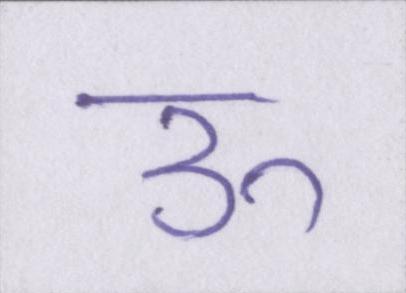
ऊ